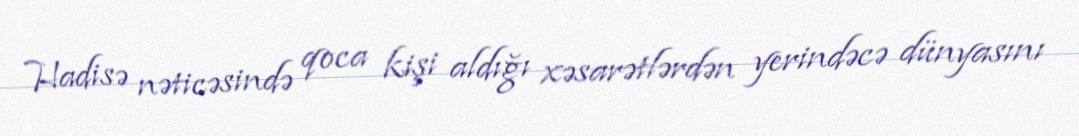
Hadisə nəticəsində qoca kişi aldığı xəsarətlərdən yerindəcə dünyasını